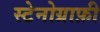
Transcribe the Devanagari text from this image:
स्टेनोग्राफ़ी